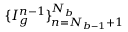
\{ I _ { g } ^ { n - 1 } \} _ { n = N _ { b - 1 } + 1 } ^ { N _ { b } }